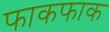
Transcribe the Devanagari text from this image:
फाकफाक